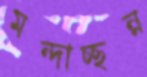
মন্দাচ্ছন্ন